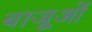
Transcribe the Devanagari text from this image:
बाजूओं